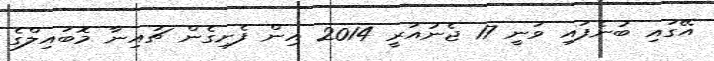
އޭގައި ބުނެފައި ވަނީ 17 ޖެނުއަރީ 2014 އިން ފެށިގެން ޗައިނާ މޮބައިލްގެ